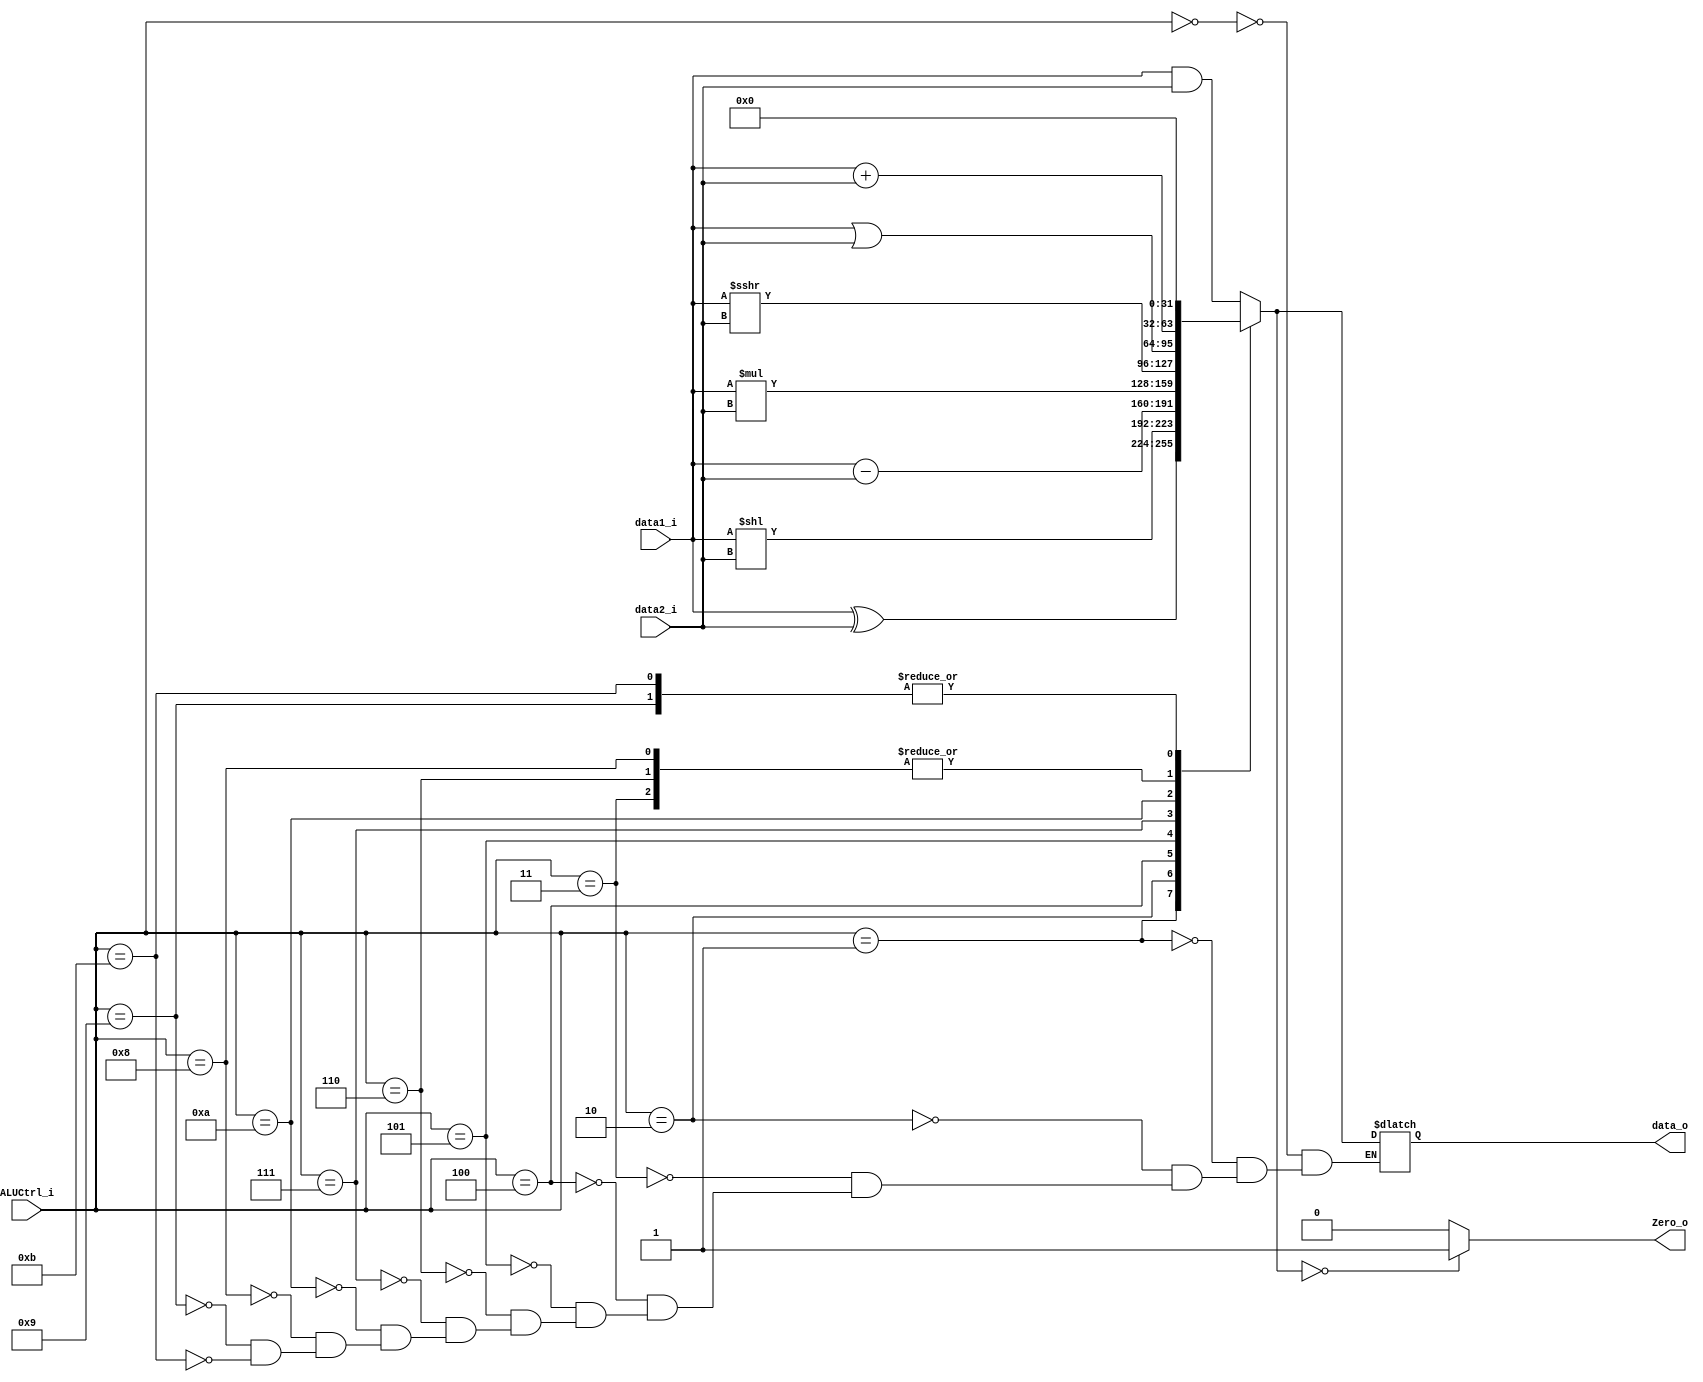
module ALU
(
    data1_i,
    data2_i,
    ALUCtrl_i,
    data_o,
    Zero_o
);

// Ports
input   [31:0]      data1_i;
input   [31:0]      data2_i;
input   [3:0]       ALUCtrl_i;
output  [31:0]      data_o;
output              Zero_o;

reg     [31:0]      data_o;
reg                 Zero_o;

`define AND 4'b0000
`define XOR 4'b0001
`define SLL 4'b0010
`define ADD 4'b0011
`define SUB 4'b0100
`define MUL 4'b0101
`define ADDI 4'b0110
`define SRAI 4'b0111
`define LSW 4'b1000
`define OR  4'b1010
`define BEQ 4'b1001
`define NoOp 4'b1011


always@(data1_i or data2_i or ALUCtrl_i)
begin
    case (ALUCtrl_i)
        `AND: data_o = data1_i & data2_i;
        `XOR: data_o = data1_i ^ data2_i;
        `SLL: data_o = data1_i << data2_i;
        `ADD: data_o = data1_i + data2_i;
        `SUB: data_o = data1_i - data2_i;
        `MUL: data_o = data1_i * data2_i;
        `ADDI: data_o = data1_i + data2_i;
        `SRAI: data_o = data1_i >>> data2_i;
        `OR: data_o = data1_i | data2_i;
        `LSW: data_o = data1_i + data2_i;
        `BEQ: data_o = 32'b0;
        `NoOp: data_o = 32'b0;
    endcase
    if (data_o == 32'b0)
        Zero_o = 1'b1;
    else
        Zero_o = 1'b0;
end

endmodule